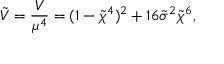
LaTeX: \tilde { V } = \frac { V } { \mu ^ { 4 } } = ( 1 - \tilde { \chi } ^ { 4 } ) ^ { 2 } + 1 6 \tilde { \sigma } ^ { 2 } \tilde { \chi } ^ { 6 } ,